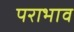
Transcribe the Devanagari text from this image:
पराभाव